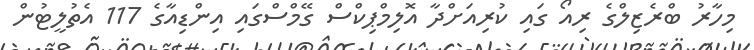
މިހާރު ބްރެޒިލްގެ ރިއޯ ގައި ކުރިއަށްދާ އޮލިމްޕިކްސް ގޭމްސްގައި އިންޑިއާގެ 117 އެތުލީޓުން